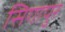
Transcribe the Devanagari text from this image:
सिगापुर